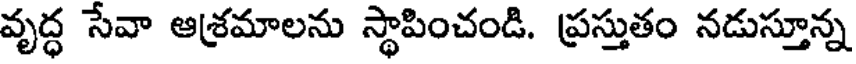
వృద్ధ సేవా ఆశ్రమాలను స్థాపించండి. ప్రస్తుతం నడుస్తూన్న